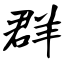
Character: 群